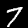
Label: 7